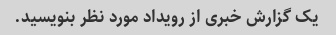
یک گزارش خبری از رویداد مورد نظر بنویسید.